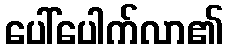
ပေါ်ပေါက်လာ၏